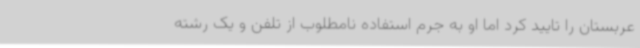
عربستان را تایید کرد اما او به جرم استفاده نامطلوب از تلفن و یک رشته